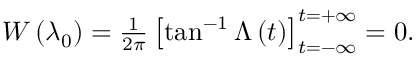
\begin{array} { r } { W \left( \lambda _ { 0 } \right) = \frac { 1 } { 2 \pi } \left[ \tan ^ { - 1 } \Lambda \left( t \right) \right] _ { t = - \infty } ^ { t = + \infty } = 0 . } \end{array}